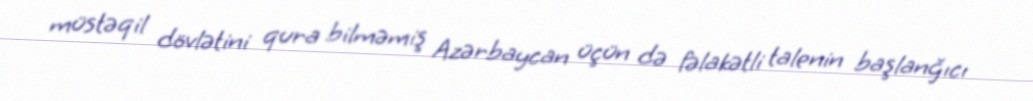
müstəqil dövlətini qura bilməmiş Azərbaycan üçün də fəlakətli talenin başlanğıcı